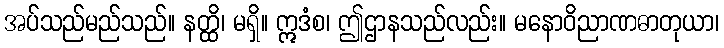
အပ်သည်မည်သည်။ နတ္ထိ၊ မရှိ။ ဣဒံစ၊ ဤဌာနသည်လည်း။ မနောဝိညာဏဓာတုယာ၊